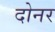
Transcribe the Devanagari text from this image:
दोनर